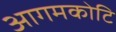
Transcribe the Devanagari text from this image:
आगमकोटि